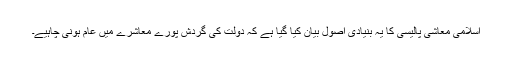
اسلامی معاشی پالیسی کا یہ بنیادی اصول بیان کیا گیا ہے کہ دولت کی گردش پورے معاشرے میں عام ہونی چاہیے۔